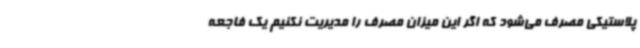
پلاستیکی مصرف می‌شود که اگر این میزان مصرف را مدیریت نکنیم یک فاجعه